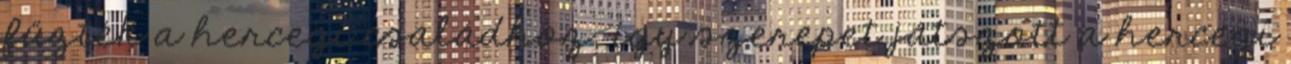
fűzték a hercegi családhoz, így szerepet játszott a hercegi